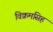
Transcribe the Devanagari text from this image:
विक्रमसिह